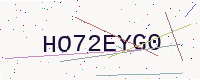
Text: HO72EYG0